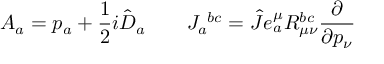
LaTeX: A _ { a } = p _ { a } + \frac { 1 } { 2 } i \hat { D } _ { a } \qquad J _ { a } ^ { ~ b c } = \hat { J } e _ { a } ^ { \mu } R _ { \mu \nu } ^ { b c } \frac { \partial } { \partial p _ { \nu } }